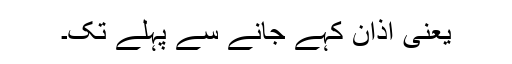
یعنی اذان کہے جانے سے پہلے تک۔